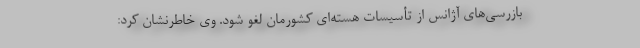
بازرسی‌های آژانس از تأسیسات هسته‌ای کشورمان لغو شود. وی خاطرنشان کرد: